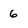
Character: 6